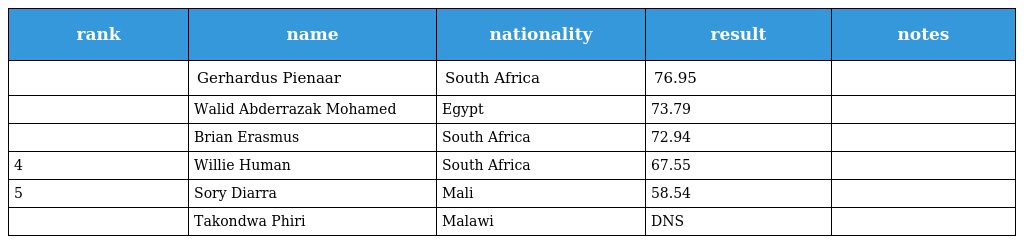
| rank | name | nationality | result | notes |
 | --- | --- | --- | --- | --- |
 |  | Gerhardus Pienaar | South Africa | 76.95 |  |
 |  | Walid Abderrazak Mohamed | Egypt | 73.79 |  |
 |  | Brian Erasmus | South Africa | 72.94 |  |
 | 4 | Willie Human | South Africa | 67.55 |  |
 | 5 | Sory Diarra | Mali | 58.54 |  |
 |  | Takondwa Phiri | Malawi | DNS |  |